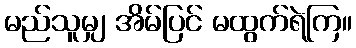
မည်သူမျှ အိမ်ပြင် မထွက်ရဲကြ။